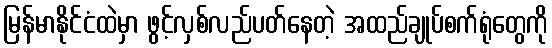
မြန်မာနိုင်ငံထဲမှာ ဖွင့်လှစ်လည်ပတ်နေတဲ့ အထည်ချုပ်စက်ရုံတွေကို